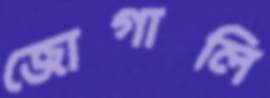
জোগালি